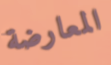
المعارضة